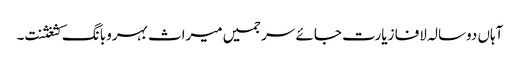
آہاں دوسالہ لافا زیارت جائے سرجمیں میراث بہروبانگ کثغثنت۔